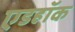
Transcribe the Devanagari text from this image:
एडहॉक